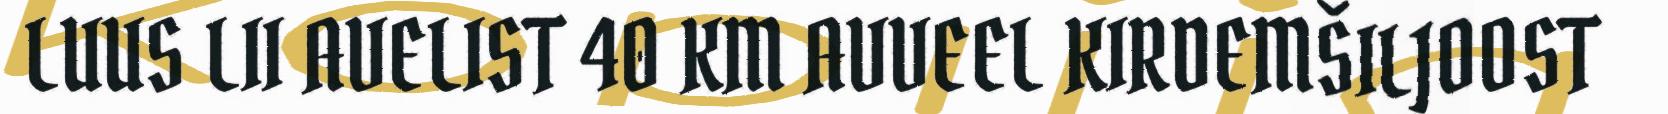
LUUS LII AVELIST 40 KM AVVEEL KIRDEMŠILJOOST